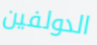
الدولفين